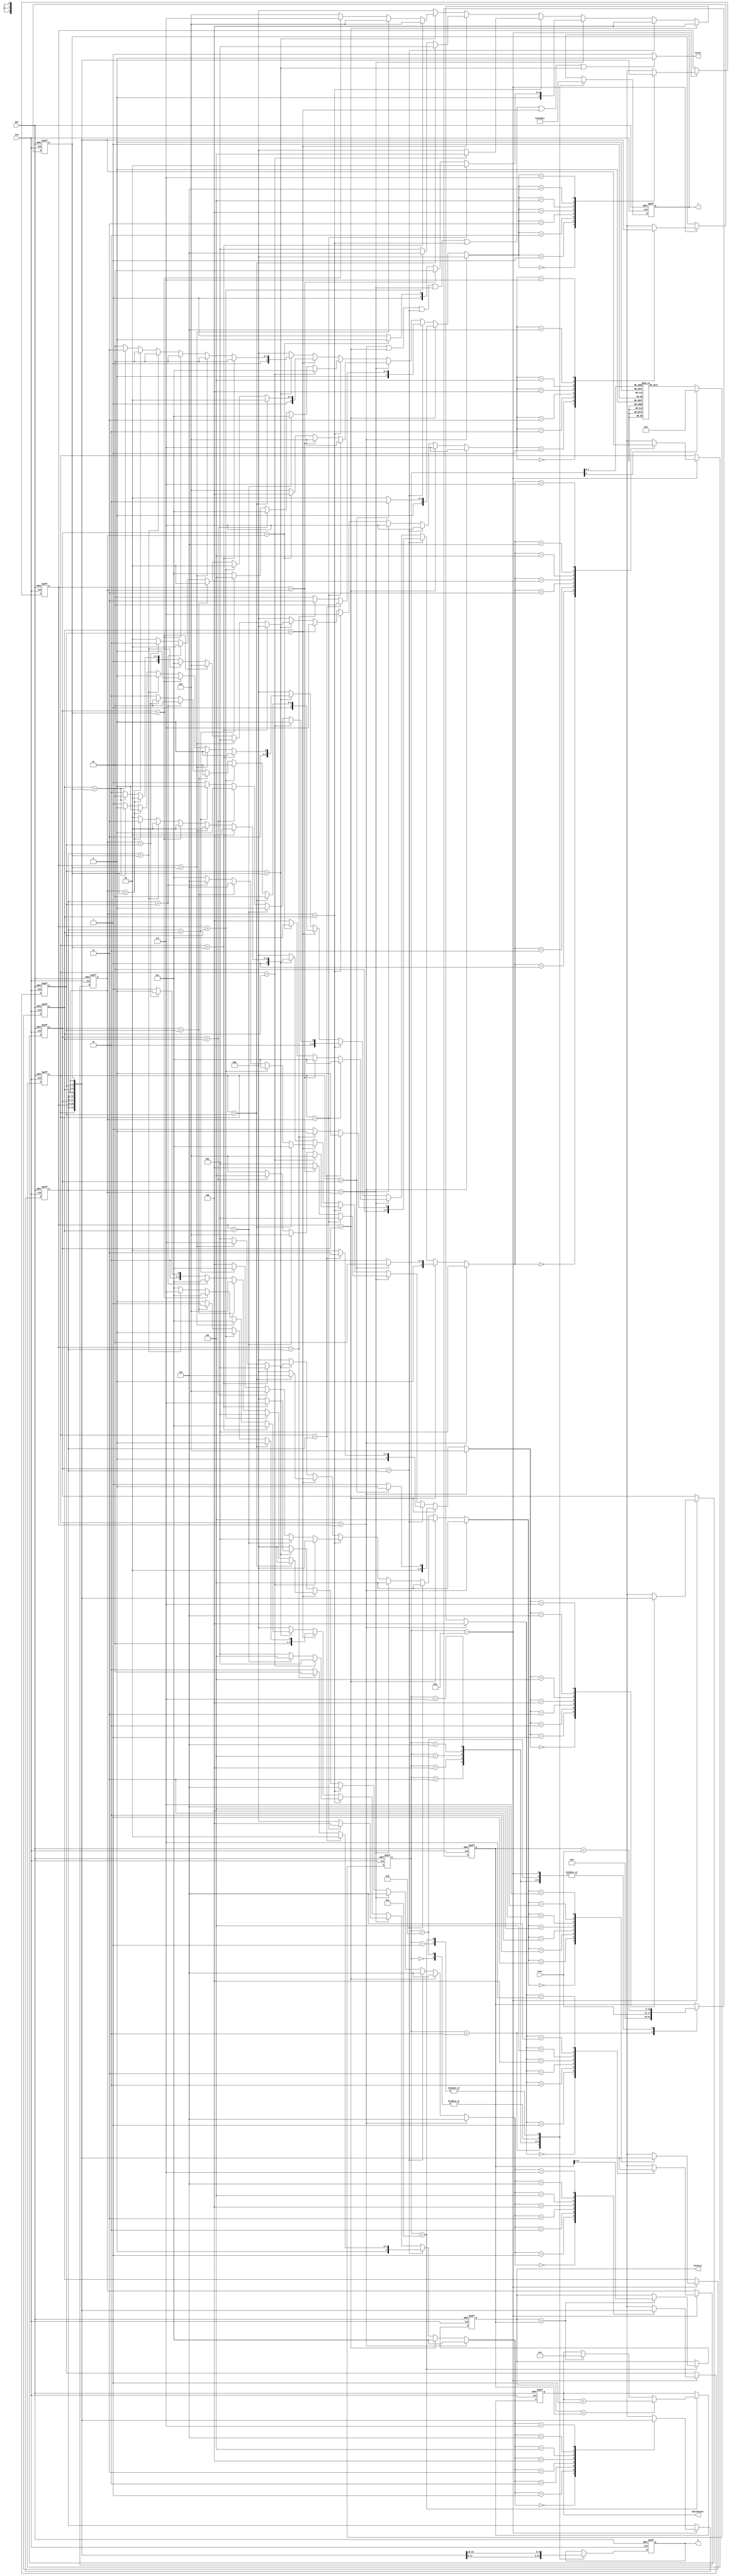
module JAM (
input CLK,
input RST,
output reg [2:0] W,
output reg [2:0] J,
input [6:0] Cost,
output reg [3:0] MatchCount,
output reg [9:0] MinCost,
output reg  Valid );

// 2C, 1S
reg [4:0] curt_state;
reg [4:0] next_state;
reg [2:0] Person [0:7];

reg finish_flag;
// reg [12:0] case_i;

// State machine Control
always @(*) 
begin
    case ( curt_state )
        0 :begin  
            next_state = 1;
        end
        1 :begin  
            next_state = 2;
        end
        2 :begin  
            next_state = 3;
        end  
        3 :begin  
            next_state = 4;
        end
        4 : begin
            next_state = 5;
        end
        5 : begin
            next_state = 6;
        end
        6 : begin
            next_state = 7;
        end
        7 : begin
            next_state = 8;
        end
        8 : begin 
            next_state = 9; 
        end  
        9 : begin 
            next_state = 10; 
        end
        10 : begin 
            next_state = 2; 
        end  
        default : 
        begin
            next_state = 0;
        end
    endcase
end

reg [2:0] next_Person0;
reg [2:0] next_Person1;
reg [2:0] next_Person2;
reg [2:0] next_Person3;
reg [2:0] next_Person4;
reg [2:0] next_Person5;
reg [2:0] next_Person6;
reg [2:0] next_Person7;

always @( * ) begin
    // :Person[1]   
    if ( Person[0] > Person[1] )
    begin  
        // finish_flag = 0;
        // Valid = 0;
        // case_i <= 11;
        next_Person0 <= 1;
        next_Person1 <= 0;

        next_Person2 <= 2;
        next_Person3 <= 3;      
        next_Person4 <= 4;
        next_Person5 <= 5;
        next_Person6 <= 6;
        next_Person7 <= 7;
    end
    // :Person[2]  
    else if ( Person[1] > Person[2] )
    begin    
        if ( ( Person[0] > Person[2] ) )
        begin
            // Valid = 0;
            // case_i <= 22;
            // next_Person0 <= next_Person1;
            // next_Person1 <= next_Person2;
            // next_Person2 <= next_Person0;

            next_Person0 <= 1;
            next_Person1 <= 2;
            next_Person2 <= 0;

            next_Person3 <= 3;      
            next_Person4 <= 4;
            next_Person5 <= 5;
            next_Person6 <= 6;
            next_Person7 <= 7;  
        end
        // if ( ( Person[1] > Person[0] ) && ( Person[0] < Person[2] ) )
        else
        begin
            // Valid = 0;
            // case_i <= 23;
            // next_Person0 <= next_Person2;
            // next_Person1 <= next_Person0;
            // next_Person2 <= next_Person1;

            next_Person0 <= 2;
            next_Person1 <= 0;
            next_Person2 <= 1;

            next_Person3 <= 3;      
            next_Person4 <= 4;
            next_Person5 <= 5;
            next_Person6 <= 6;
            next_Person7 <= 7;
        end
    end
    // :Person[3]  
    else if ( Person[2] > Person[3] )
    begin
        if ( ( Person[0] > Person[3] ) )
        begin
            // Valid = 0;
            // case_i <= 31;
            // Person[3] <= Person[0]; 
            // Person[2] <= Person[3];
            // Person[1] <= Person[1]; 
            // Person[0] <= Person[2]; 

            next_Person0 <= 2;
            next_Person1 <= 1;
            next_Person2 <= 3;
            next_Person3 <= 0; 

            next_Person4 <= 4;
            next_Person5 <= 5;
            next_Person6 <= 6;
            next_Person7 <= 7;
        end
        else if ( ( Person[1] > Person[3] ) )
        begin            
            // case_i <= 32;
            // Valid = 0;
            // Person[3] <= Person[1]; 
            // Person[2] <= Person[0];
            // Person[1] <= Person[3]; 
            // Person[0] <= Person[2];

            next_Person0 <= 2;
            next_Person1 <= 3;
            next_Person2 <= 0;
            next_Person3 <= 1; 

            next_Person4 <= 4;
            next_Person5 <= 5;
            next_Person6 <= 6;
            next_Person7 <= 7; 
        end
        else
        begin
            // case_i <= 33;
            // Person[3] <= Person[2]; 
            // Person[2] <= Person[0];
            // Person[1] <= Person[1]; 
            // Person[0] <= Person[3]; 
            // Valid = 0;    
            next_Person0 <= 3;
            next_Person1 <= 1;
            next_Person2 <= 0;
            next_Person3 <= 2; 

            next_Person4 <= 4;
            next_Person5 <= 5;
            next_Person6 <= 6;
            next_Person7 <= 7;
        end                    
    end
    // :Person[4]  
    else if ( Person[3] > Person[4] )
    begin                    
        if ( ( Person[0] > Person[4] ) )
        begin
            // case_i <= 41;
            // Person[4] <= Person[0]; 
            // Person[3] <= Person[4]; 
            // Person[2] <= Person[1];
            // Person[1] <= Person[2]; 
            // Person[0] <= Person[3]; 
            // Valid = 0;    
            next_Person0 <= 3;
            next_Person1 <= 2;
            next_Person2 <= 1;
            next_Person3 <= 4; 
            next_Person4 <= 0;
            
            next_Person5 <= 5;
            next_Person6 <= 6;
            next_Person7 <= 7;
        end
        else if ( ( Person[1] > Person[4] ) )
        begin
            // case_i <= 42;
            // Person[4] <= Person[1]; 
            // Person[3] <= Person[0]; 
            // Person[2] <= Person[4];
            // Person[1] <= Person[2]; 
            // Person[0] <= Person[3];
            // Valid = 0;    
            next_Person0 <= 3;
            next_Person1 <= 2;
            next_Person2 <= 4;
            next_Person3 <= 0; 
            next_Person4 <= 1;
            
            next_Person5 <= 5;
            next_Person6 <= 6;
            next_Person7 <= 7; 
        end
        else if ( ( Person[2] > Person[4] ) )
        begin
            // case_i <= 43;
            // Person[4] <= Person[2]; 
            // Person[3] <= Person[0]; 
            // Person[2] <= Person[1];
            // Person[1] <= Person[4]; 
            // Person[0] <= Person[3]; 
            // Valid = 0;    
            next_Person0 <= 3;
            next_Person1 <= 4;
            next_Person2 <= 1;
            next_Person3 <= 0; 
            next_Person4 <= 2;
            
            next_Person5 <= 5;
            next_Person6 <= 6;
            next_Person7 <= 7;
        end
        else 
        // else if ( ( Person[3] > Person[4] ) )
        begin
            // case_i <= 44;
            // Person[4] <= Person[3]; 
            // Person[3] <= Person[0]; 
            // Person[2] <= Person[1];
            // Person[1] <= Person[2]; 
            // Person[0] <= Person[4]; 
            // Valid = 0;                
            next_Person0 <= 4;
            next_Person1 <= 2;
            next_Person2 <= 1;
            next_Person3 <= 0; 
            next_Person4 <= 3;
            
            next_Person5 <= 5;
            next_Person6 <= 6;
            next_Person7 <= 7;
        end
    end
    // :Person[5] 
    else if ( Person[4] > Person[5] )
    begin
        if ( ( Person[0] > Person[5] ) )
        begin
            // case_i <= 51;
            // Person[5] <= Person[0]; 
            // Person[4] <= Person[5]; 
            // Person[3] <= Person[1]; 
            // Person[2] <= Person[2];
            // Person[1] <= Person[3]; 
            // Person[0] <= Person[4]; 
            // Valid = 0;                
            next_Person5 <= 0;
            next_Person4 <= 5;
            next_Person3 <= 1;
            next_Person2 <= 2; 
            next_Person1 <= 3;
            next_Person0 <= 4;
            
            next_Person6 <= 6;
            next_Person7 <= 7; 
        end
        else if ( ( Person[1] > Person[5] ) )
        begin
            // case_i <= 52;
            // Person[5] <= Person[1]; 
            // Person[4] <= Person[0]; 
            // Person[3] <= Person[5]; 
            // Person[2] <= Person[2];
            // Person[1] <= Person[3]; 
            // Person[0] <= Person[4];
            // Valid = 0;                
            next_Person5 <= 1;
            next_Person4 <= 0;
            next_Person3 <= 5;
            next_Person2 <= 2; 
            next_Person1 <= 3;
            next_Person0 <= 4;
            
            next_Person6 <= 6;
            next_Person7 <= 7;  
        end
        else if ( ( Person[2] > Person[5] ) )
        begin
            // case_i <= 53;
            // Person[5] <= Person[2]; 
            // Person[4] <= Person[0]; 
            // Person[3] <= Person[1]; 
            // Person[2] <= Person[5];
            // Person[1] <= Person[3]; 
            // Person[0] <= Person[4]; 
            // Valid = 0;                
            next_Person5 <= 2;
            next_Person4 <= 0;
            next_Person3 <= 1;
            next_Person2 <= 5; 
            next_Person1 <= 3;
            next_Person0 <= 4;
            
            next_Person6 <= 6;
            next_Person7 <= 7;
        end
        else if ( ( Person[3] > Person[5] ) )
        begin
            // case_i <= 54;
            // Person[5] <= Person[3]; 
            // Person[4] <= Person[0]; 
            // Person[3] <= Person[1]; 
            // Person[2] <= Person[2];
            // Person[1] <= Person[5]; 
            // Person[0] <= Person[4];
            // Valid = 0;                
            next_Person5 <= 3;
            next_Person4 <= 0;
            next_Person3 <= 1;
            next_Person2 <= 2; 
            next_Person1 <= 5;
            next_Person0 <= 4;
            
            next_Person6 <= 6;
            next_Person7 <= 7; 
        end
        else
        // else if ( ( Person[4] > Person[5] ) )
        begin
            // case_i <= 55;
            // Person[5] <= Person[4]; 
            // Person[4] <= Person[0]; 
            // Person[3] <= Person[1]; 
            // Person[2] <= Person[2];
            // Person[1] <= Person[3]; 
            // Person[0] <= Person[5]; 
            // Valid = 0;                
            next_Person5 <= 4;
            next_Person4 <= 0;
            next_Person3 <= 1;
            next_Person2 <= 2; 
            next_Person1 <= 3;
            next_Person0 <= 5;
            
            next_Person6 <= 6;
            next_Person7 <= 7; 
        end
    end
    // :Person[6] 
    else if ( Person[5] > Person[6] )
    begin
        if ( ( Person[0] > Person[6] ) )
        begin
            // case_i <= 61;
            // Person[6] <= Person[0]; 
            // Person[5] <= Person[6]; 
            // Person[4] <= Person[1]; 
            // Person[3] <= Person[2]; 
            // Person[2] <= Person[3];
            // Person[1] <= Person[4]; 
            // Person[0] <= Person[5]; 
            // Valid = 0;    
            next_Person6 <= 0;
            next_Person5 <= 6;
            next_Person4 <= 1;
            next_Person3 <= 2;
            next_Person2 <= 3; 
            next_Person1 <= 4;
            next_Person0 <= 5;            
            
            next_Person7 <= 7; 
        end
        else if ( ( Person[1] > Person[6] ) )
        begin
            // case_i <= 62;
            // Person[6] <= Person[1]; 
            // Person[5] <= Person[0]; 
            // Person[4] <= Person[6]; 
            // Person[3] <= Person[2]; 
            // Person[2] <= Person[3];
            // Person[1] <= Person[4]; 
            // Person[0] <= Person[5]; 
            // Valid = 0;                
            next_Person6 <= 1;
            next_Person5 <= 0;
            next_Person4 <= 6;
            next_Person3 <= 2;
            next_Person2 <= 3; 
            next_Person1 <= 4;
            next_Person0 <= 5;            
            
            next_Person7 <= 7;
        end
        else if ( ( Person[2] > Person[6] ) )
        begin
            // case_i <= 63;
            // Person[6] <= Person[2]; 
            // Person[5] <= Person[0]; 
            // Person[4] <= Person[1]; 
            // Person[3] <= Person[3]; 
            // Person[2] <= Person[6];
            // Person[1] <= Person[4]; 
            // Person[0] <= Person[5]; 
            // Valid = 0;                
            next_Person6 <= 2;
            next_Person5 <= 0;
            next_Person4 <= 1;
            next_Person3 <= 3;
            next_Person2 <= 6; 
            next_Person1 <= 4;
            next_Person0 <= 5;            
            
            next_Person7 <= 7;
        end
        else if ( ( Person[3] > Person[6] ) )
        begin
            // case_i <= 64;
            // Person[6] <= Person[3]; 
            // Person[5] <= Person[0]; 
            // Person[4] <= Person[1]; 
            // Person[3] <= Person[2]; 
            // Person[2] <= Person[6];
            // Person[1] <= Person[4]; 
            // Person[0] <= Person[5];
            // Valid = 0;                
            next_Person6 <= 3;
            next_Person5 <= 0;
            next_Person4 <= 1;
            next_Person3 <= 2;
            next_Person2 <= 6; 
            next_Person1 <= 4;
            next_Person0 <= 5;            
            
            next_Person7 <= 7; 
        end
        else if ( ( Person[4] > Person[6] ) )
        begin
            // case_i <= 65;
            // Person[6] <= Person[4]; 
            // Person[5] <= Person[0]; 
            // Person[4] <= Person[1]; 
            // Person[3] <= Person[2]; 
            // Person[2] <= Person[3];
            // Person[1] <= Person[6]; 
            // Person[0] <= Person[5];
            // Valid = 0;                
            next_Person6 <= 4;
            next_Person5 <= 0;
            next_Person4 <= 1;
            next_Person3 <= 2;
            next_Person2 <= 3; 
            next_Person1 <= 6;
            next_Person0 <= 5;            
            
            next_Person7 <= 7;  
        end
        else
        begin
            // case_i <= 66;
            // Person[6] <= Person[5]; 
            // Person[5] <= Person[0]; 
            // Person[4] <= Person[1]; 
            // Person[3] <= Person[2]; 
            // Person[2] <= Person[3];
            // Person[1] <= Person[4]; 
            // Person[0] <= Person[6];
            // Valid = 0;                
            next_Person6 <= 5;
            next_Person5 <= 0;
            next_Person4 <= 1;
            next_Person3 <= 2;
            next_Person2 <= 3; 
            next_Person1 <= 4;
            next_Person0 <= 6;            
            
            next_Person7 <= 7; 
        end
    end
    // :Person[7] 
    else if ( Person[6] > Person[7] )
    // else if ( Person[5] > Person[6] )
    begin
        if ( ( Person[0] > Person[7] ) )
        begin
            // case_i <= 71;
            // Person[7] <= Person[0]; 
            // Person[6] <= Person[7]; 
            // Person[5] <= Person[1]; 
            // Person[4] <= Person[2]; 
            // Person[3] <= Person[3]; 
            // Person[2] <= Person[4];
            // Person[1] <= Person[5]; 
            // Person[0] <= Person[6]; 
            // Valid = 0;    
            next_Person7 <= 0;
            next_Person6 <= 7;
            next_Person5 <= 1;
            next_Person4 <= 2;
            next_Person3 <= 3;
            next_Person2 <= 4; 
            next_Person1 <= 5;
            next_Person0 <= 6; 
             
        end
        else if ( ( Person[1] > Person[7] ) )
        begin
            // case_i <= 72;
            // Person[7] <= Person[1]; 
            // Person[6] <= Person[0]; 
            // Person[5] <= Person[7]; 
            // Person[4] <= Person[2]; 
            // Person[3] <= Person[3]; 
            // Person[2] <= Person[4];
            // Person[1] <= Person[5]; 
            // Person[0] <= Person[6]; 
            // Valid = 0;    
            next_Person7 <= 1;
            next_Person6 <= 0;
            next_Person5 <= 7;
            next_Person4 <= 2;
            next_Person3 <= 3;
            next_Person2 <= 4; 
            next_Person1 <= 5;
            next_Person0 <= 6; 
             
        end
        else if ( ( Person[2] > Person[7] ) )
        begin
            // case_i <= 73;
            // Valid = 0;    
            next_Person7 <= 2;
            next_Person6 <= 0;
            next_Person5 <= 1;
            next_Person4 <= 7;
            next_Person3 <= 3;
            next_Person2 <= 4; 
            next_Person1 <= 5;
            next_Person0 <= 6; 
             
        end
        else if ( ( Person[3] > Person[7] ) )
        begin
            // case_i <= 74;
            // Valid = 0;    
            next_Person7 <= 3;
            next_Person6 <= 0;
            next_Person5 <= 1;
            next_Person4 <= 2;
            next_Person3 <= 7;
            next_Person2 <= 4; 
            next_Person1 <= 5;
            next_Person0 <= 6; 
             
        end
        else if ( ( Person[4] > Person[7] ) )
        begin
            // case_i <= 75;
            // Valid = 0;    
            next_Person7 <= 4;
            next_Person6 <= 0;
            next_Person5 <= 1;
            next_Person4 <= 2;
            next_Person3 <= 3;
            next_Person2 <= 7; 
            next_Person1 <= 5;
            next_Person0 <= 6; 
             
        end
        else if ( ( Person[5] > Person[7] ) )
        begin
            // case_i <= 76;
            // Valid = 0;    
            next_Person7 <= 5;
            next_Person6 <= 0;
            next_Person5 <= 1;
            next_Person4 <= 2;
            next_Person3 <= 3;
            next_Person2 <= 4; 
            next_Person1 <= 7;
            next_Person0 <= 6; 
             
        end
        // else if ( ( Person[5] > Person[7] ) )
        else
        begin
            // case_i <= 77;
            // Valid = 0;    
            next_Person7 <= 6;
            next_Person6 <= 0;
            next_Person5 <= 1;
            next_Person4 <= 2;
            next_Person3 <= 3;
            next_Person2 <= 4; 
            next_Person1 <= 5;
            next_Person0 <= 7;              
        end
    end
    else
    begin
        // finish_flag = 1;
        // Valid = 1;
        next_Person0 <= 0;
        next_Person1 <= 0;
        next_Person2 <= 0;

        next_Person3 <= 0;      
        next_Person4 <= 0;
        next_Person5 <= 0;
        next_Person6 <= 0;
        next_Person7 <= 0; 
    end
end

always @( * ) begin
    if ( Person[0] > Person[1] | Person[1] > Person[2] | Person[2] > Person[3] | Person[3] > Person[4] | Person[4] > Person[5] | Person[5] > Person[6] | Person[6] > Person[7])
        Valid = 0; 
    else
        Valid = 1;    
end

reg [10:0] Total_Cost;
// reg [10:0] // Real_Total_Cost;

// Signal Control & Computing Block
always @(posedge CLK or posedge RST ) 
begin
    if ( RST )
    begin       
        W <= 3'd0;
        J <= 3'd0;
        // time_i <= 0;
        // Person 
        Person[0] <= 7;
        Person[1] <= 6;
        Person[2] <= 5;
        Person[3] <= 4;
        Person[4] <= 3;
        Person[5] <= 2;
        Person[6] <= 1;
        Person[7] <= 0;

        Total_Cost <= 0;
        MatchCount <= 4'd0;
        MinCost    <= 10'b1111111111;
        

        curt_state <= 0;
    end
    else
    begin
        curt_state <= next_state; 
        case ( curt_state )
            0 : begin
                W <= Person[0];
                J <= 0;
                // Total_Cost <= Total_Cost + Cost;
            end 
            1 : begin
                W <= Person[1];
                J <= 1;                
            end
            2 : begin
                W <= Person[2];
                J <= 2;
                Total_Cost <= Cost;
            end
            3 : begin
                W <= Person[3];
                J <= 3;
                Total_Cost <= Total_Cost + Cost;
            end
            4 : begin
                W <= Person[4];
                J <= 4;
                Total_Cost <= Total_Cost + Cost;
            end
            5 : begin
                W <= Person[5];
                J <= 5;
                Total_Cost <= Total_Cost + Cost;
            end
            6 : begin
                W <= Person[6];
                J <= 6;
                Total_Cost <= Total_Cost + Cost;
            end
            7 : begin
                W <= Person[7];
                J <= 7;
                Total_Cost <= Total_Cost + Cost;
            end
            8 : begin
                Total_Cost <= Total_Cost + Cost;
                Person[0] <= Person[next_Person0];
                Person[1] <= Person[next_Person1];
                Person[2] <= Person[next_Person2];
                Person[3] <= Person[next_Person3];
                Person[4] <= Person[next_Person4];
                Person[5] <= Person[next_Person5];
                Person[6] <= Person[next_Person6];
                Person[7] <= Person[next_Person7];
            end
            9 : begin
                W <= Person[0];
                J <= 0;
                Total_Cost <= Total_Cost + Cost;
                // Real_Total_Cost  <= Total_Cost + Cost;
            end
            10 : begin
                W <= Person[1];
                J <= 1;   
                if ( MinCost > Total_Cost )
                begin
                    MinCost <= Total_Cost;
                    MatchCount <= 1;
                    // MatchCount <= MatchCount + 1;
                end
                   
                     
                if ( MinCost == Total_Cost )
                    MatchCount <= MatchCount + 1;
            end
        endcase
    end
end

endmodule